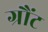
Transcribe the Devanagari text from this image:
ग्रौंट